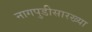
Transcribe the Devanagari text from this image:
नागपुडीसारख्या